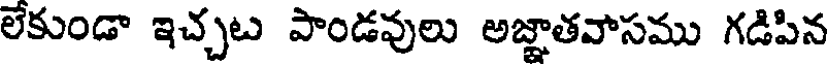
లేకుండా ఇచ్చట పాండవులు అజ్ఞాతవాసము గడిపిన